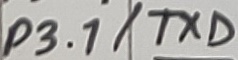
Text: P3.1/TXD